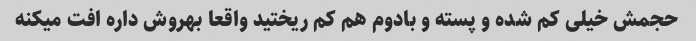
حجمش خیلی کم شده و پسته و بادوم هم کم ریختید واقعا بهروش داره افت میکنه